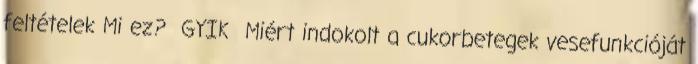
feltételek Mi ez? GYIK Miért indokolt a cukorbetegek vesefunkcióját